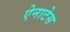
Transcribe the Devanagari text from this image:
ऐनाटेस